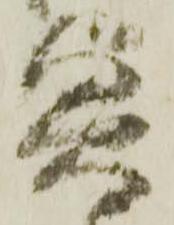
興